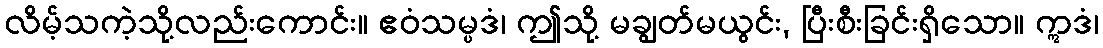
လိမ့်သကဲ့သို့လည်းကောင်း။ ဧဝံသမ္ပဒံ၊ ဤသို့ မချွတ်မယွင်း, ပြီးစီးခြင်းရှိသော။ ဣဒံ၊